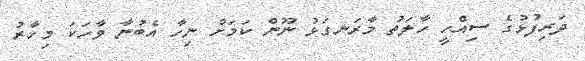
ދަރިފުޅުގެ ސިއްހީ ހާލަތު މާރަނގަޅު ނޫން ކަމަށް ނިހާ އެބުނާ ވާހަކަ މިހާރު